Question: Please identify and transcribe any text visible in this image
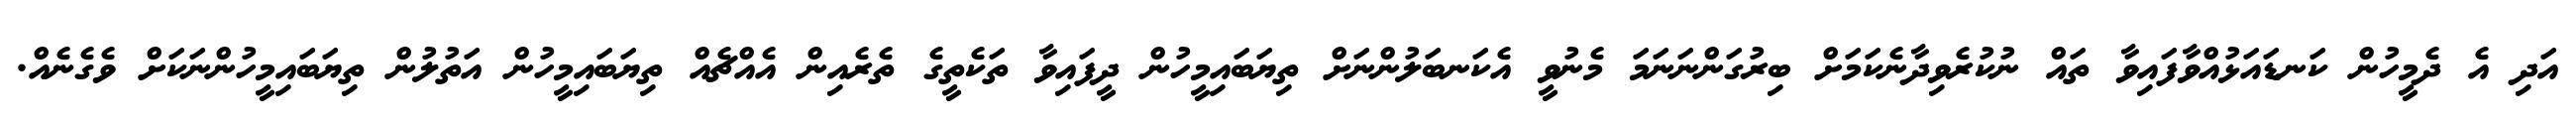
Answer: އަދި އެ ދެމީހުން ކަނޑައަޅުއްވާފައިވާ ތައް ނުކުރެވިދާނެކަމަށް ބިރުގަންނަނަމަ މެނުވީ އެކަނބަލުންނަށް ތިޔަބައިމީހުން ދީފައިވާ ތަކެތީގެ ތެރެއިން އެއްޗެއް ތިޔަބައިމީހުން އަތުލުން ތިޔަބައިމީހުންނަކަށް ވެގެނެއް.